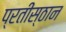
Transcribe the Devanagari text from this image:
प्रतीस्ठान